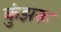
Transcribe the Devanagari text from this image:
कुंझरू